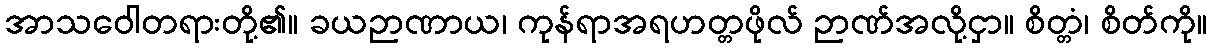
အာသဝေါတရားတို့၏။ ခယဉာဏာယ၊ ကုန်ရာအရဟတ္တဖိုလ် ဉာဏ်အလို့ငှာ။ စိတ္တံ၊ စိတ်ကို။